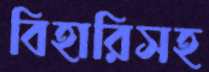
বিহারিসহ